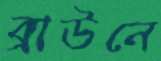
ব্রাউনে